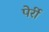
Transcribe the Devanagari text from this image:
पेर्री